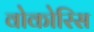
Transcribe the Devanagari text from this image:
वोकोरिस